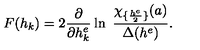
F ( h _ { k } ) = 2 { \frac { \partial } { \partial h _ { k } ^ { e } } } \ln \ { \frac { \chi _ { \{ { \frac { h ^ { e } } { 2 } } \} } ( a ) } { \Delta ( h ^ { e } ) } } .